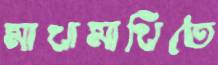
মাখামাখিতে